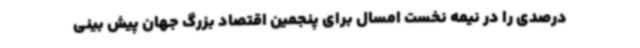
درصدی را در نیمه نخست امسال برای پنجمین اقتصاد بزرگ جهان پیش بینی